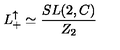
L _ { + } ^ { \uparrow } \simeq \frac { S L ( 2 , C ) } { Z _ { 2 } }